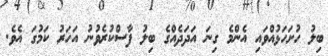
ބިލު ހުށަހަޅުއްވައި އެންމެ ގިނަ އަދަދެއްގެ ބިލު ފާސްކުރެވުނު އަހަރު ކަމުގަ އެވެ.